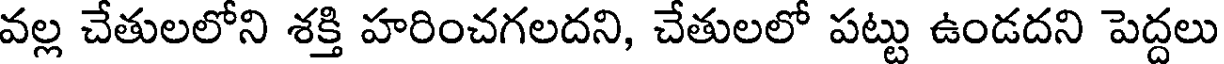
వల్ల చేతులలోని శక్తి హరించగలదని, చేతులలో పట్టు ఉండదని పెద్దలు